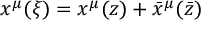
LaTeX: x ^ { \mu } ( \xi ) = x ^ { \mu } ( z ) + \bar { x } ^ { \mu } ( { \bar { z } } )